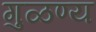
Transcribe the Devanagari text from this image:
गुळण्य